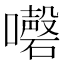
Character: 𡄇